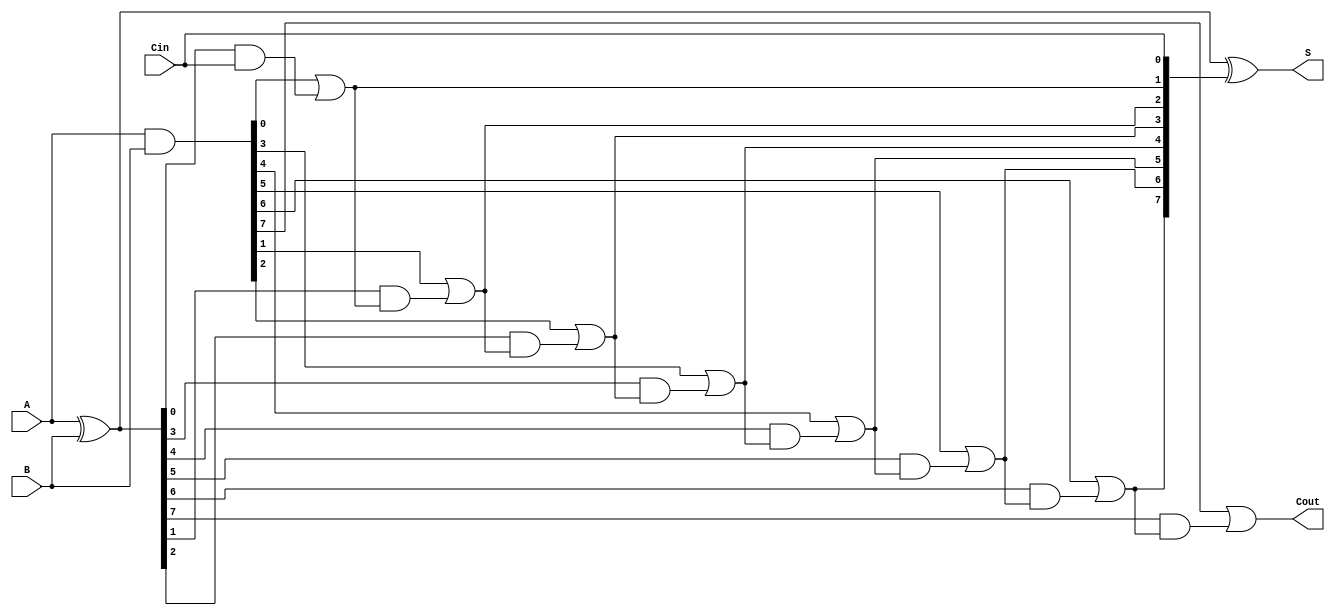
module SklanskyAdder #(parameter n = 8) (
    input  [n-1:0] A,      // First n-bit input
    input  [n-1:0] B,      // Second n-bit input
    input          Cin,     // Carry-in
    output [n-1:0] S,      // n-bit sum output
    output         Cout     // Carry-out
);

    // Generate and Propagate signals
    wire [n-1:0] G; // Generate signals
    wire [n-1:0] P; // Propagate signals
    wire [n:0] C;   // Carry signals (C[0] = Cin)

    // Generate and Propagate calculations
    assign G = A & B;          // G[i] = A[i] & B[i]
    assign P = A ^ B;          // P[i] = A[i] ^ B[i]
    
    // Initial carry
    assign C[0] = Cin;

    // Carry generation using Sklansky tree structure
    genvar i;
    generate
        // Level 1
        for (i = 0; i < n; i = i + 1) begin : carry_gen
            if (i == 0) begin
                assign C[i + 1] = G[i] | (P[i] & C[i]);
            end else begin
                assign C[i + 1] = G[i] | (P[i] & C[i]);
            end
        end
    endgenerate

    // Sum calculation
    assign S = P ^ C[n-1:0]; // S[i] = P[i] ^ C[i]

    // Final carry-out
    assign Cout = C[n];

endmodule